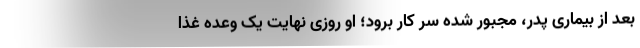
بعد از بیماری پدر، مجبور شده سر کار برود؛ او روزی نهایت یک وعده غذا